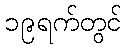
၁၉ရက်တွင်